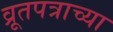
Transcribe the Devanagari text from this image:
व्रूतपत्राच्या